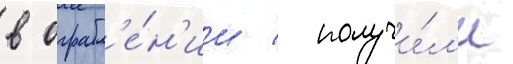
в ограбл'е́н'ии / получи́л'и